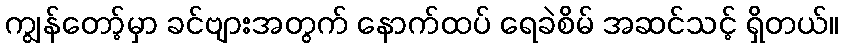
ကျွန်တော့်မှာ ခင်ဗျားအတွက် နောက်ထပ် ရေခဲစိမ် အဆင်သင့် ရှိတယ်။